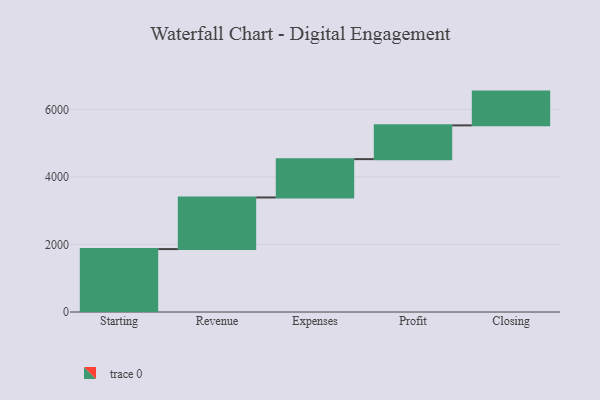
{"axis": {"x": "Step", "y": "Value"}, "legend": [""], "data": [{"x": "Starting", "y": 1863.0, "type": ""}, {"x": "Revenue", "y": 1529.0, "type": ""}, {"x": "Expenses", "y": 1135.0, "type": ""}, {"x": "Profit", "y": 1000, "type": ""}, {"x": "Closing", "y": 1000, "type": ""}]}